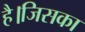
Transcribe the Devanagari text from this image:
है।जिसका